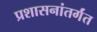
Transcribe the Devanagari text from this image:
प्रशासनांतर्गंत